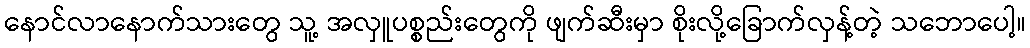
နောင်လာနောက်သားတွေ သူ့ အလှူပစ္စည်းတွေကို ဖျက်ဆီးမှာ စိုးလို့ခြောက်လှန့်တဲ့ သဘောပေါ့။